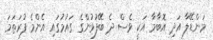
މަންޑޭލާ އަދި އޮބާމާ އަކީ ވެސް ދެ ބޭފުޅުންގެ ގައުމުގައި އެންމެ ފުރަތަމަ